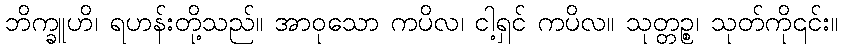
ဘိက္ခူဟိ၊ ရဟန်းတို့သည်။ အာဝုသော ကပိလ၊ ငါ့ရှင် ကပိလ။ သုတ္တဉ္စ၊ သုတ်ကို၎င်း။